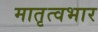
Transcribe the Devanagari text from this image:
मातृत्वभार